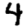
Digit: 4